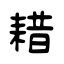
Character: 耤